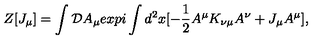
Z [ J _ { \mu } ] = \int { \cal D } A _ { \mu } e x p i \int d ^ { 2 } x [ - { \frac { 1 } { 2 } } A ^ { \mu } K _ { \nu \mu } A ^ { \nu } + J _ { \mu } A ^ { \mu } ] ,